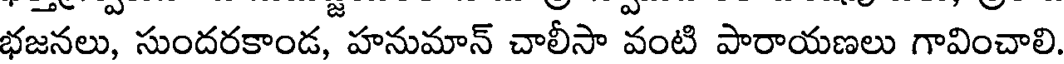
భజనలు, సుందరకాండ, హనుమాన్ చాలీసా వంటి పారాయణలు గావించాలి.